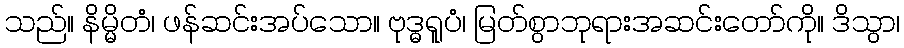
သည်။ နိမ္မိတံ၊ ဖန်ဆင်းအပ်သော။ ဗုဒ္ဓရူပံ၊ မြတ်စွာဘုရားအဆင်းတော်ကို။ ဒိသွာ၊